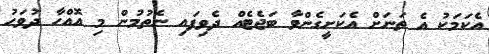
އެކަމަކު އެ ތަނަށް އެކަށީގެންވާ ބަޖެޓެއް ދެވިފައި ނެތުމުން މި އޮއްހާ ދުވަހު